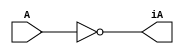
// Ones Compliment

module onesCompliment(iA,A);
input A;
output iA;

nand na1(iA,A);

endmodule